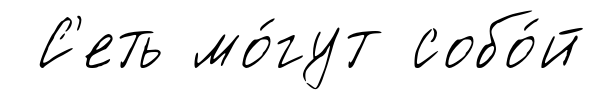
С'еть мо́гут собо́й